Civil Veterinary Dept. Assam report 1927-50 - 1927-1950
Year: 1927
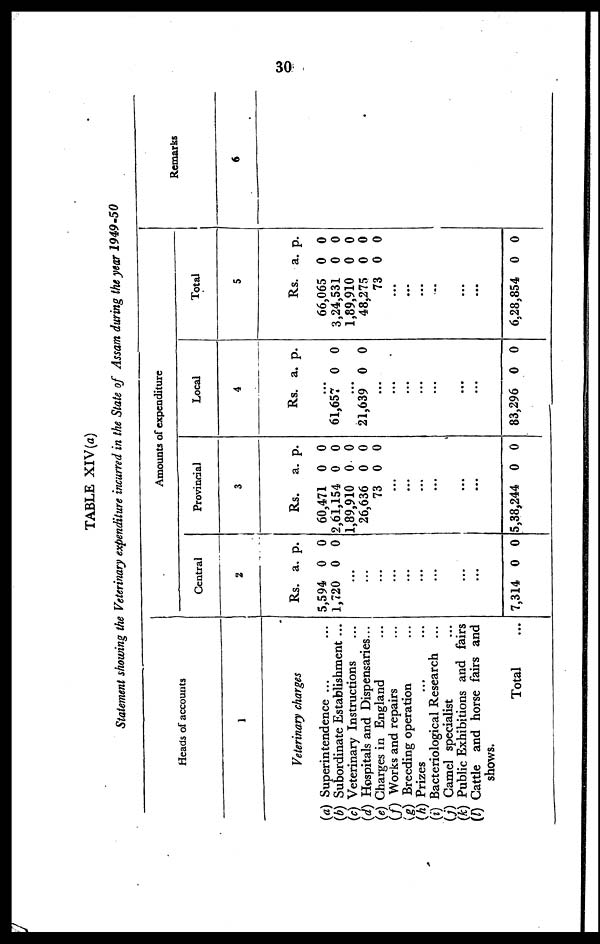
30
TABLE XIV (a)
Statement showing the Veterinary expenditure incurred in the State of Assam during the year 1949-50
Heads of accounts
1
Veterinary charges
(a) Superintendence ... ...
(b) Subordinate Establishment ...
(c) Veterinary Instructions ...
(d) Hospitals and Dispensaries...
(e) Charges in England ...
(f) Works and repairs ...
(g) Breeding operation ...
(h) Prizes ... ...
(i) Bacteriological Research
...
(j) Camel specialist ...
(k) Public Exhibitions and fairs
(l) Cattle and horse fairs and
shows.
Total ...
Am
ou
nts of expenditu
re Cen
tral
2
Rs.
5,594
1,720
..
...
..
..
..
..
..
..
...
7,314
a.
0
0
.
.
.
.
.
.
.
0
p.
0
0
0
Provinc
ial
3
Rs.
60,471
2,61,154
1,89,910
26,636
73
...
...
...
...
...
...
5,38,244
a.
0
0
0
0
0
0
p.
0
0
0
0
0
0
Loca
l
4
Rs.
...
61,657
...
21,639
...
...
...
...
...
...
...
83,296
a.
0
0
0
p.
0
0
0
Total
5
Rs.
66,065
3,24,531
1,89,910
48,275
73
...
...
...
..
...
...
6,28,854
a.
0
0
0
0
0
0
p.
0
0
0
0
0
0
Remarks
6